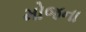
મોજના